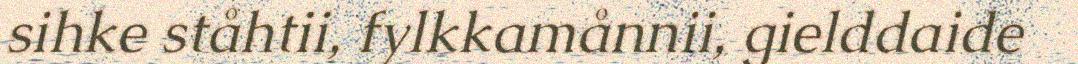
sihke ståhtii, fylkkamånnii, gielddaide